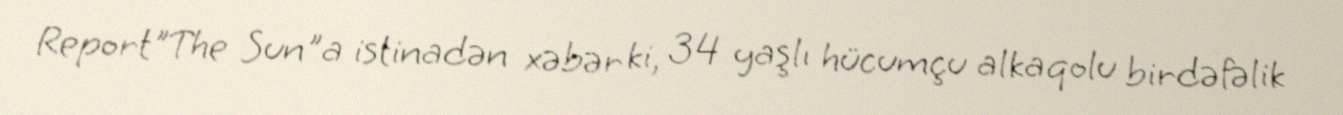
Report"The Sun"a istinadən xəbər ki, 34 yaşlı hücumçu alkaqolu birdəfəlik